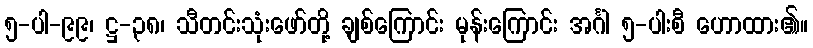
၅-ပါ-၉၉၊ ဋ္ဌ-၃၈၊ သီတင်းသုံးဖော်တို့ ချစ်ကြောင်း မုန်းကြောင်း အင်္ဂါ ၅-ပါးစီ ဟောထား၏။